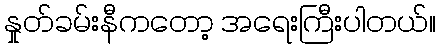
နှုတ်ခမ်းနီကတော့ အရေးကြီးပါတယ်။